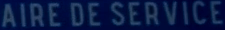
AIRE DE SERVICE